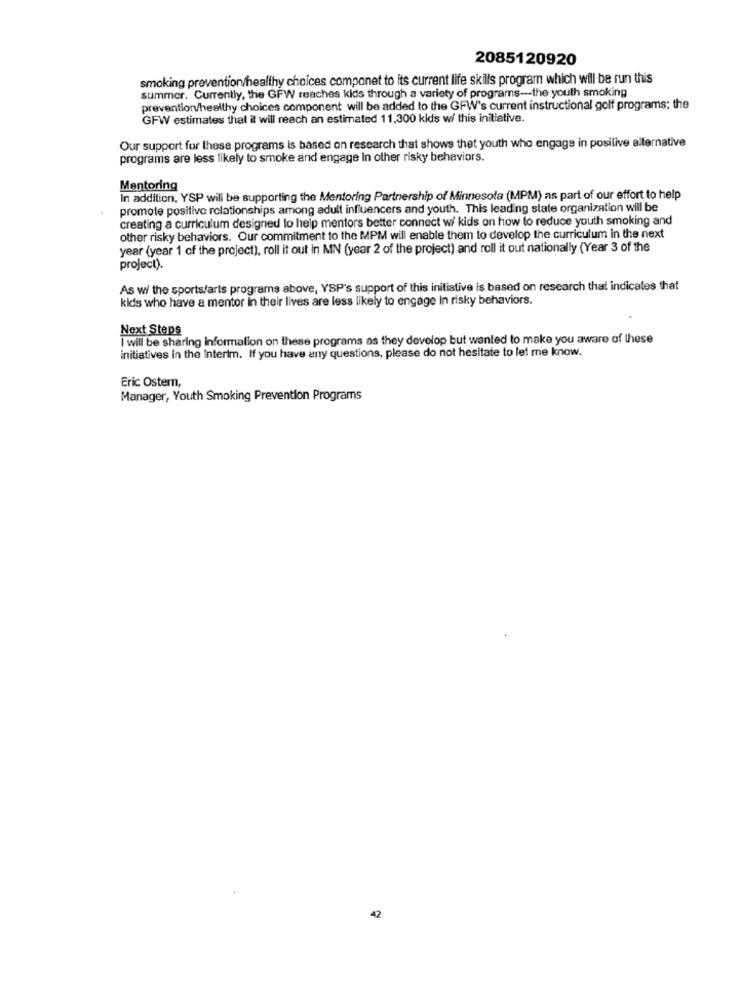
2085120920
smoking prevention/healthy choices componet to its current life skills program which will be run this
summer. Currently, the GFW reaches kids through a variety of programs --- the youth smoking
prevention/healthy choices component will be added to the GFW's current instructional golf programs; the
GFW estimates that il will reach an estimated 11,300 kids w/ this initiative.
Our support for these programs is based on research that shows thet youth who engage in posilive alternative
programs are less likely to smoke and engage In other risky behaviors.
Mentoring
In addition, YSP will be supporting the Mentoring Partnership of Minnesota (MPM) as part of our effort to help
promote positive relationships among adult influencers and youth. This leading state organization will be
creating a curriculum designed to help mentors better connect wi kids on how to reduce youth smoking and
other risky behaviors. Our commitment to the MPM will enable them to develop the curriculum in the next
year (year 1 of the project), roll it out in MN (year 2 of the project) and roll it out nationally (Year 3 of the
project).
As wi the sports/arts programs above, YSP's support of this initiative is based on research that indicates that
kids who have a mentor in their lives are less likely to engage In risky behaviors.
Next Steps
I will be sharing information on these programs as they develop but wanted to make you aware of these
initiatives in the Interim. If you have any questions, please do not hesitate to let me know.
Eric Ostern,
Manager, Youth Smoking Prevention Programs
42